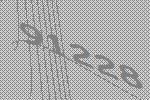
91228